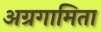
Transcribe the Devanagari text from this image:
अग्रगामिता